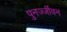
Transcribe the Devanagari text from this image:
पुनर्ज्जीवन